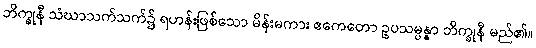
ဘိက္ခုနီ သံဃာသက်သက်၌ ရဟန်းဖြစ်သော မိန်းမကား ဧကေတော ဥပသမ္ပန္နာ ဘိက္ခုနီ မည်၏။